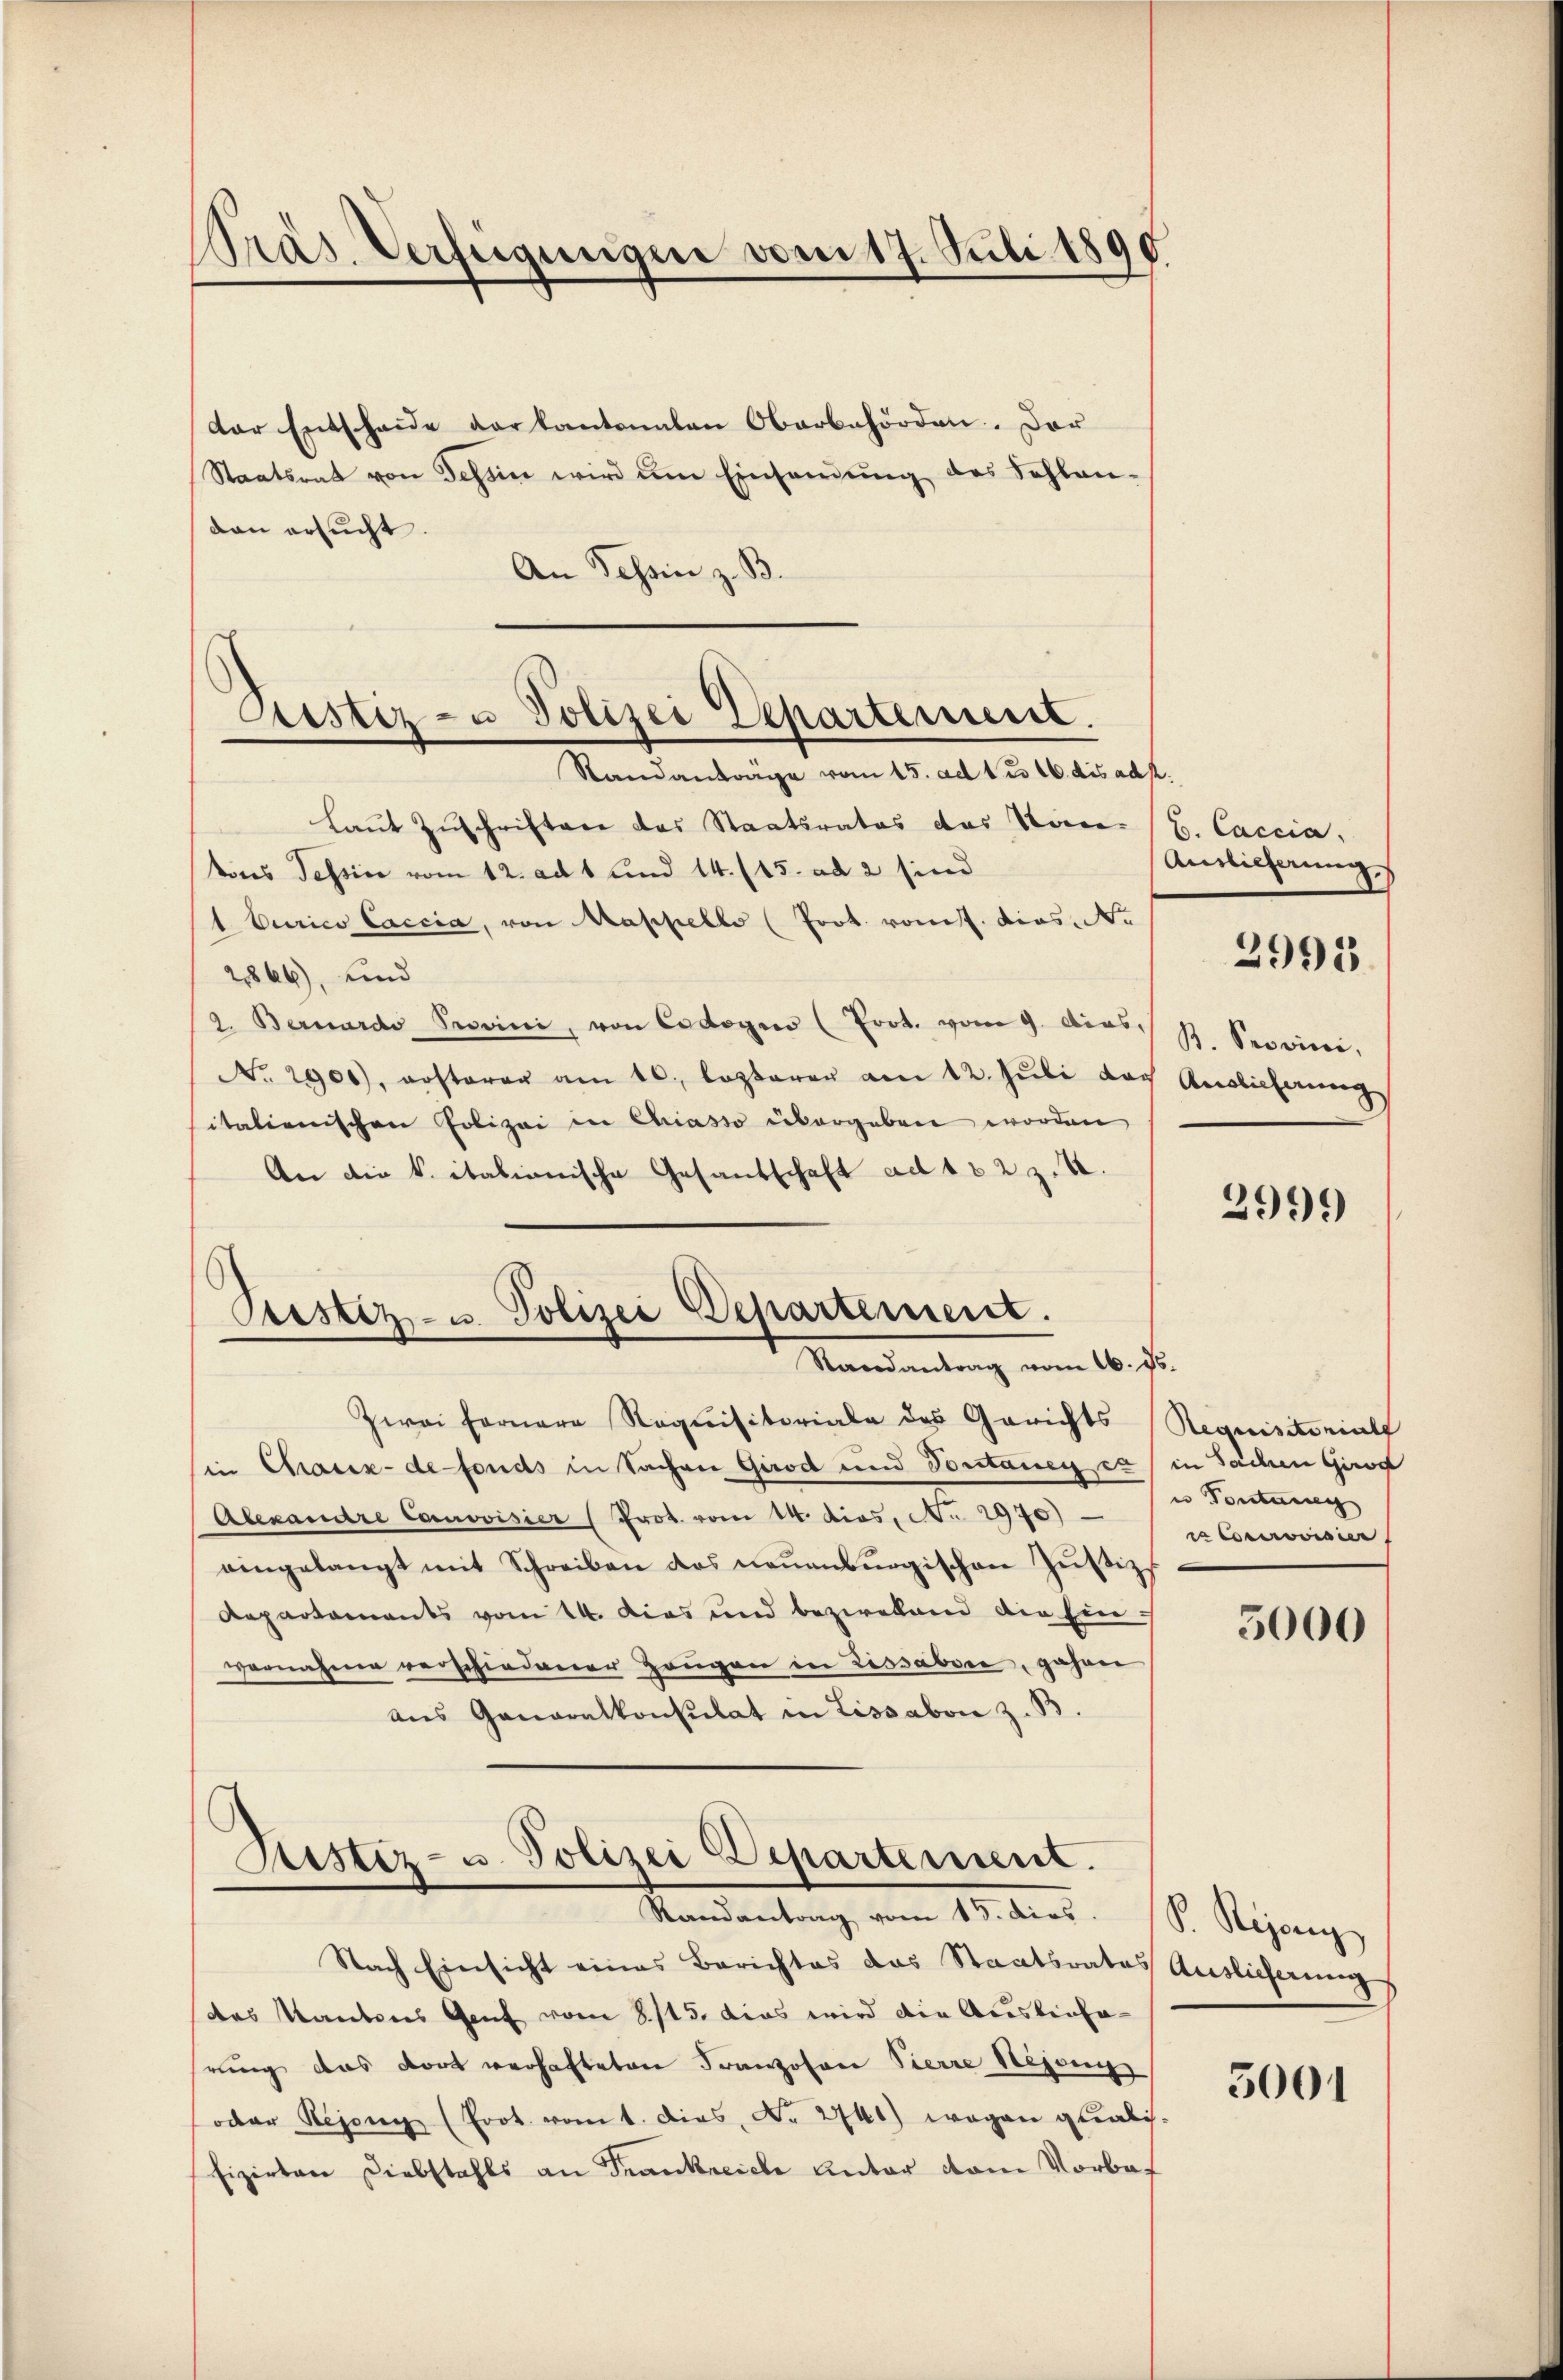
Pras. Verfeigungen vom 17. Juli 1890.

Pestiz- u Polizei Departement.
Standanträge vom 15. ad 1. ds 16. dis ad p.

der Entscheide der kantonalen Oberbehörden. Der
Staatsrat von Tessin wird um Einsamung des Schlan-
dan ersucht.
An Tessin z. B.
laut Zuschriften das Staatsrates das Stantons Tessine vom 12. ad 1 und 14. 115. ad 2 sind
1. Curico Caccia, von Mappello (Prot. vonst. Dies Ne
28866), und
2. Bernardo Provini, von Cedoger (Frot. vom 9. Dias.
No. 2900), ersterer am 10. lezterer am 12. Jŭli das Auslieferung
itationischen Polizei in Chiasso übergeben worden
An die k. italionische Gesandschaft ad 102 z. B.
Zwai fernere Requisitoriale des Gerichts
in Chaux-de-Fonds in Sachen Girod und Pontanen es in Sachen Girog
Alexandre Carovisier (Prot. vom 14. dios. No. 2970)
eingelangt mit Schreiben das neuenburgischen Zŭstizs
Repartaments vom 14. Dies und beziellend die Einvernahme verschiedener Hangen in Lissabon, gehen
aus Generalkonsulat in Lissabon z. B.
Sistiz- u. Polizei Departement.
Randantrag vom 15. dies
Nach Einsicht eines Berichtes das Staatsrates Auslieferung
des Kantones Genf vom 8. 115. das wird die Auskinhahrung das dort verhafteten Franzosen Pierre Hejanis
oder Regen (Frot vom 1. Dies N. 2741) wegen glabisfizirten Diebstahls an Frankreiche Antar vom Vorbe¬

Siester- u. Polizei Departement.
Randantrag vom 16. ds.

C. Caccia.
Auslicherung
B. Provini,

2995.

2999

Requisitoriale
es Portung
ra Courvoisier

5000

P. Rejen

5001